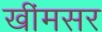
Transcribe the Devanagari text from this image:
खींमसर